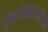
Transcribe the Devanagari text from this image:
एकमेकावरील